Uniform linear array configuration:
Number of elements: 48
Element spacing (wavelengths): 0.75
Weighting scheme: kaiser
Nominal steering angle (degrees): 15
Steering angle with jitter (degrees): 16.45
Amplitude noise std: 0.05
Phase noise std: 0.05

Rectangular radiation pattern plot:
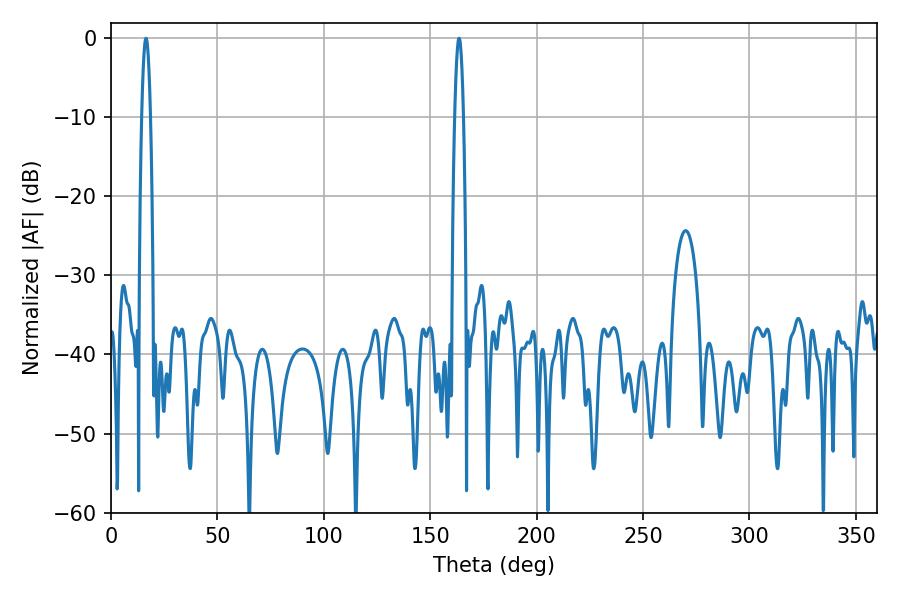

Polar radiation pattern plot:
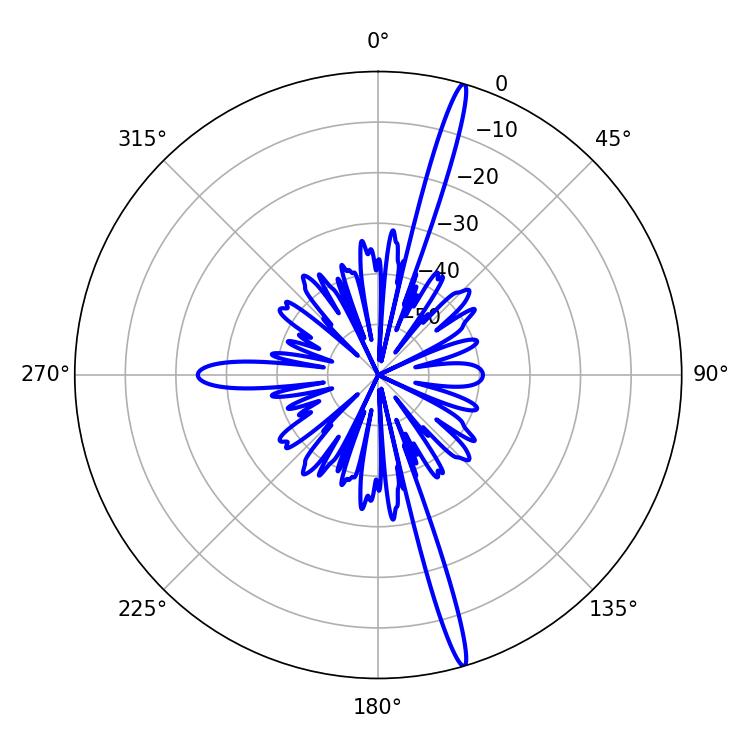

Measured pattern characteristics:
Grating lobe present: TRUE
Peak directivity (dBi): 19.19
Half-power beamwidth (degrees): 2.34
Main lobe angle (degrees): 163.62